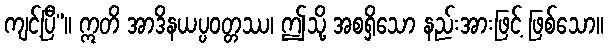
ကျင့်ပြီ”။ ဣတိ အာဒိနယပ္ပဝတ္တဿ၊ ဤသို့ အစရှိသော နည်းအားဖြင့် ဖြစ်သော။